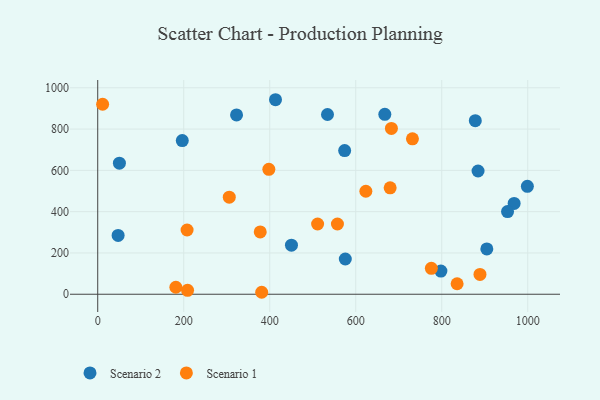
{"axis": {"x": "Speed", "y": "Salary"}, "legend": ["Scenario 1", "Scenario 2"], "data": [{"x": "47.4", "y": 284.9, "type": "Scenario 2"}, {"x": "413.4", "y": 942.3, "type": "Scenario 2"}, {"x": "968.3", "y": 439.8, "type": "Scenario 2"}, {"x": "534.3", "y": 870.8, "type": "Scenario 2"}, {"x": "904.8", "y": 219.5, "type": "Scenario 2"}, {"x": "953.0", "y": 400.3, "type": "Scenario 2"}, {"x": "878.0", "y": 841.0, "type": "Scenario 2"}, {"x": "667.6", "y": 871.6, "type": "Scenario 2"}, {"x": "322.8", "y": 868.8, "type": "Scenario 2"}, {"x": "999.1", "y": 522.9, "type": "Scenario 2"}, {"x": "574.2", "y": 695.9, "type": "Scenario 2"}, {"x": "575.7", "y": 170.8, "type": "Scenario 2"}, {"x": "798.0", "y": 112.1, "type": "Scenario 2"}, {"x": "884.4", "y": 596.9, "type": "Scenario 2"}, {"x": "450.5", "y": 237.8, "type": "Scenario 2"}, {"x": "196.6", "y": 744.5, "type": "Scenario 2"}, {"x": "50.4", "y": 634.7, "type": "Scenario 2"}, {"x": "11.4", "y": 920.3, "type": "Scenario 1"}, {"x": "397.9", "y": 605.2, "type": "Scenario 1"}, {"x": "682.9", "y": 803.5, "type": "Scenario 1"}, {"x": "208.9", "y": 18.8, "type": "Scenario 1"}, {"x": "623.5", "y": 498.9, "type": "Scenario 1"}, {"x": "511.3", "y": 340.3, "type": "Scenario 1"}, {"x": "207.8", "y": 311.1, "type": "Scenario 1"}, {"x": "557.4", "y": 340.3, "type": "Scenario 1"}, {"x": "680.0", "y": 515.4, "type": "Scenario 1"}, {"x": "377.9", "y": 301.9, "type": "Scenario 1"}, {"x": "381.3", "y": 9.5, "type": "Scenario 1"}, {"x": "835.7", "y": 50.8, "type": "Scenario 1"}, {"x": "731.8", "y": 753.0, "type": "Scenario 1"}, {"x": "888.9", "y": 95.9, "type": "Scenario 1"}, {"x": "775.8", "y": 125.6, "type": "Scenario 1"}, {"x": "181.7", "y": 33.8, "type": "Scenario 1"}, {"x": "305.9", "y": 470.3, "type": "Scenario 1"}]}